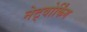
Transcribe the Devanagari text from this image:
नेट्वोर्किंग